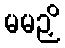
မမဉှိ